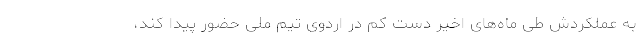
به عملکردش طی ماه‌های اخیر دست کم در اردوی تیم ملی حضور پیدا کند،